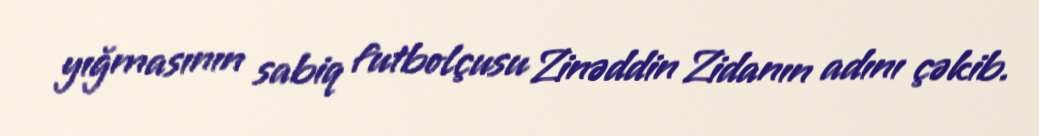
yığmasının sabiq futbolçusu Zinəddin Zidanın adını çəkib.